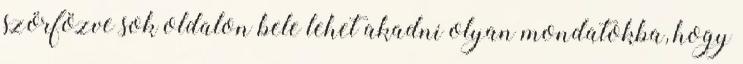
szörfözve sok oldalon bele lehet akadni olyan mondatokba, hogy